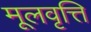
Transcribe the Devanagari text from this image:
मूलवृत्ति